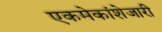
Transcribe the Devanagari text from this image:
एकमेकांशेजारी